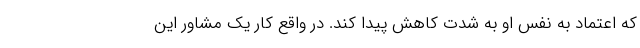
که اعتماد به نفس او به شدت کاهش پیدا کند. در واقع کار یک مشاور این